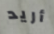
أريد